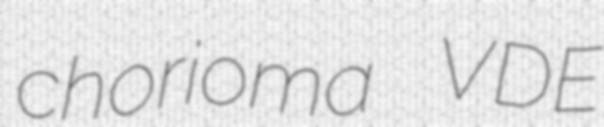
chorioma VDE